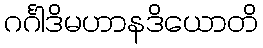
ဂင်္ဂါဒိမဟာနဒိယောတိ